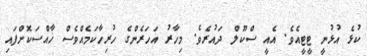
ކުޅެ އުޅުނީ ޓީޓީއެވެ. އެއީ ސްކޫލް ދައުރެވެ. މިހާރު އަހަރެންގެ ހުރިހާކަމެއްވެސް ޚާއްސަކޮށްފައި